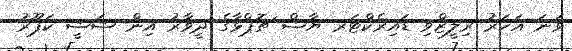
ވަނަ އަހަރު ރިލީޒްވި ޑައިރެކްޓަރ ޔާޝް ޗޮޕްޅާގެ ދީވާރު އިން ޝަޝީ ކަޕޫރު